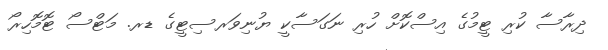
ދިރާސާ ކުރި ޓީމުގެ އިސްކޮށް ހުރި ނަގަސާކީ ޔުނިވަރސިޓީގެ ޑރ. މަޓްސޯ ޓޮމޮހިރޯ